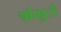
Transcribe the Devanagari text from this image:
श्रीखुटी